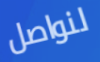
لنواصل